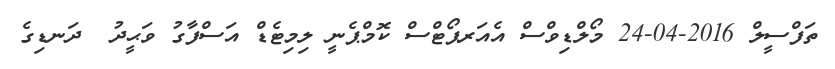
ތަފްސީލް 2016-04-24 މޯލްޑިވްސް އެއަރޕޯޓްސް ކޮމްޕެނީ ލިމިޓެޑް އަސްފާގު ވަޙީދު  ދަނޑިގެ